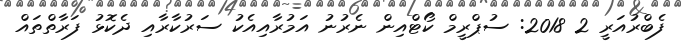
ފެބްރުއަރީ 2 2018: ސުޕްރީމް ކޯޓްއިން ނެރުނު އަމުރާއިއެކު ސަރުކާރާއި ދެކޮޅު ފަރާތްތައް